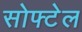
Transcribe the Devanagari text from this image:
सोफ्टेल